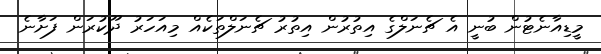
މީޑިއާނެޓުން ބުނީ އެ ޗެނަލްގެ އިތުރުން އިތުރު ޗެނަލްތަކެއް މިއަހަރު ދޫކުރަން ފަށާނެ